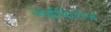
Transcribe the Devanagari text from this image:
जर्दफिरोज